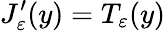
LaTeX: J_{\varepsilon}^{\prime}(y)=T_{\varepsilon}(y)